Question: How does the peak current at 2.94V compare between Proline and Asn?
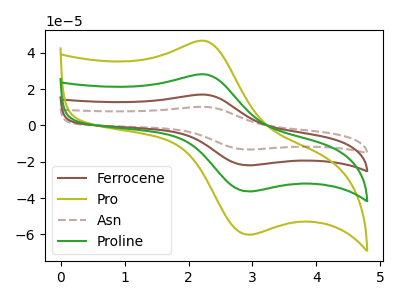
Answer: <think>The brown curve "Ferrocene" has an anodic peak at (2.25V, 56.15uA) and a cathodic peak at (2.95V, -72.60uA). The olive curve "Pro" has an anodic peak at (2.25V, 46.50uA) and a cathodic peak at (2.95V, -60.10uA). The brown dashed curve "Asn" has an anodic peak at (2.25V, 84.20uA) and a cathodic peak at (2.95V, -108.95uA). The green curve "Proline" has an anodic peak at (2.25V, 28.05uA) and a cathodic peak at (2.95V, -36.30uA).</think>
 <answer>The peak at 2.94V is lower in "Proline" than in "Asn".</answer>
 <eval>lower</eval>